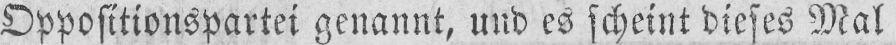
Oppositionspartei genannt, und es scheint dieses Mal